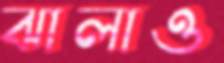
ঝালাও